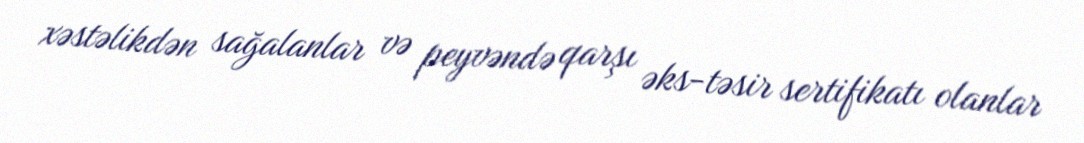
xəstəlikdən sağalanlar və peyvəndə qarşı əks-təsir sertifikatı olanlar